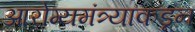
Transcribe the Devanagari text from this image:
आरोग्यमंत्र्याकडून